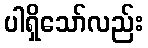
ပါရှိသော်လည်း